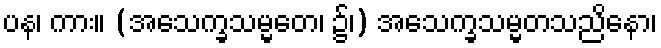
ပန၊ ကား။ (အသေက္ခသမ္မတေ၊ ၌၊) အသေက္ခသမ္မတသညိနော၊